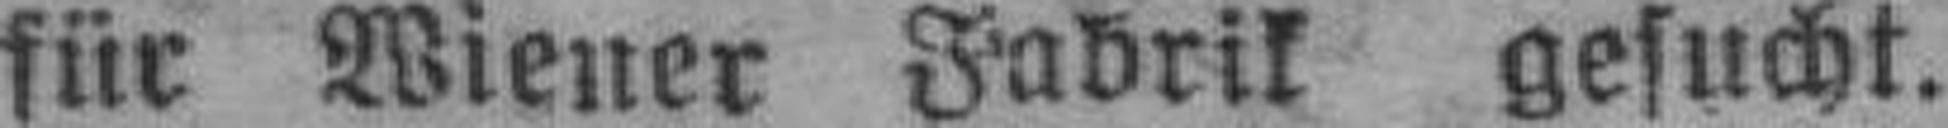
für Wiener Fabrik gesucht.